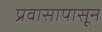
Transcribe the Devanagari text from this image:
प्रवासापासून